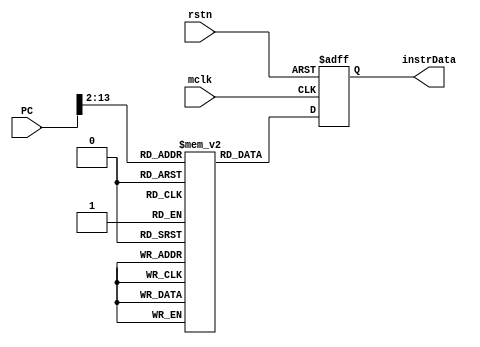
//Comment : Instruction memory initial verison inorder to start the Decoder
//          16KB memory size with Word align
module RVMemory (
input             mclk,
input             rstn, 
input      [31:0] PC  ,
output reg [31:0] instrData
);

reg [31:0]  iMemory[0:4096];

initial begin 
  //$readmemh ();
end 

wire [11:0] addr;
//PC is byte index
assign addr = PC[13:2];

always @(posedge mclk or negedge rstn)
  if (~rstn) begin 
    instrData <= 32'h0;
  end else begin 
    instrData <= iMemory[addr];
  end 


endmodule